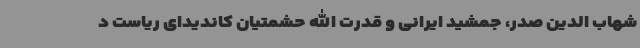
شهاب الدین صدر، جمشید ایرانی و قدرت الله حشمتیان کاندیدای ریاست د